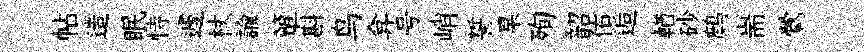
帖造眠恃遽杖諭簞斟鸟弇号峭誓杲殉韶佑逅輶砂鹧耑鶯